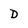
Character: D